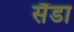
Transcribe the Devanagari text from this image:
सैंडा